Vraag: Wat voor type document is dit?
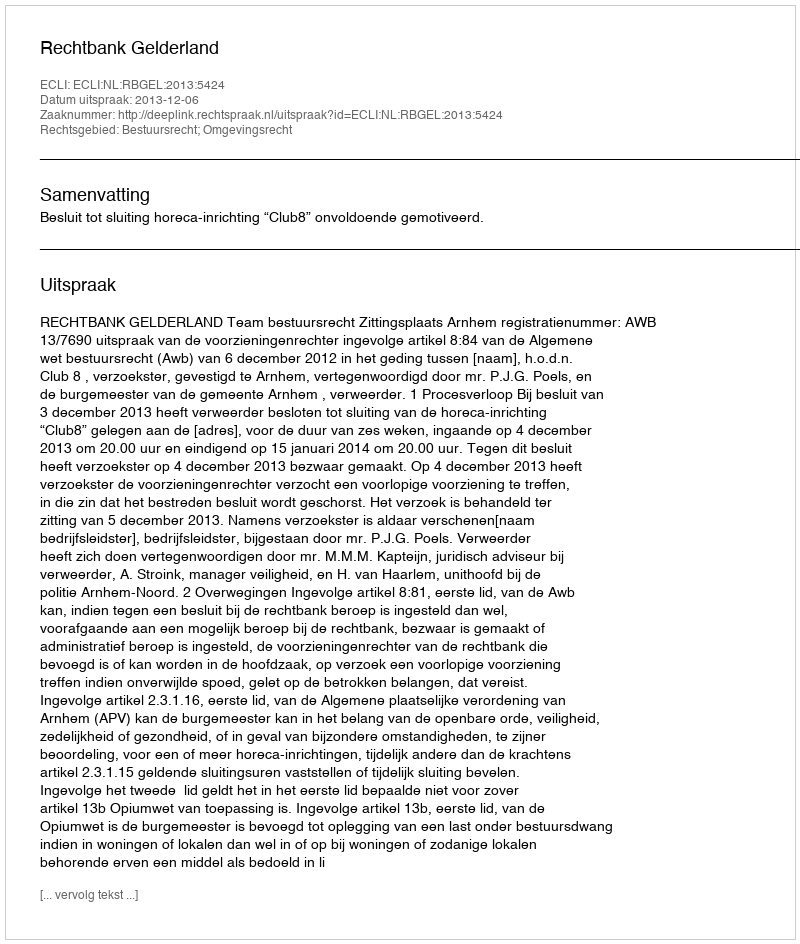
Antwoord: Uitspraak